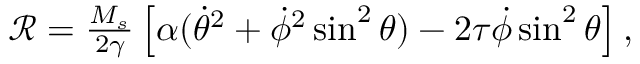
\begin{array} { r } { \mathcal { R } = \frac { M _ { s } } { 2 \gamma } \left[ \alpha ( \dot { \theta } ^ { 2 } + \dot { \phi } ^ { 2 } \sin ^ { 2 } \theta ) - 2 \tau \dot { \phi } \sin ^ { 2 } \theta \right] , } \end{array}